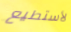
لأستطيع